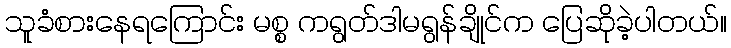
သူခံစားနေရကြောင်း မစ္စ ကရွတ်ဒါမရွန်ချိုင်က ပြေဆိုခဲ့ပါတယ်။